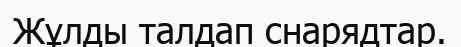
Жұлды талдап снарядтар.